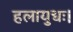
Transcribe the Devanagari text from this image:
हलायुधः।